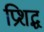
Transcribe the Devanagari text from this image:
प्रिशद्ध